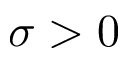
\sigma > 0